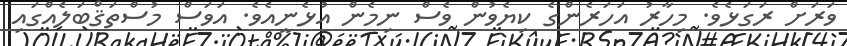
ވަރަށް ރަގަޅެވެ. މިހާރު އަހަރެންގެ ކިޔެވުން ވެސް ނިމެން އުޅެނީއެވެ. އަވަސް މުސްތަޤްބަލެއްގައި